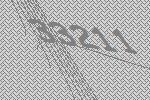
33211